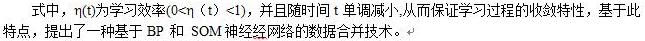
式中，$\eta(t)$为学习效率$(0 < \eta(t) < 1)$，并且随时间$t$单调减小,从而保证学习过程的收敛特性。基于此